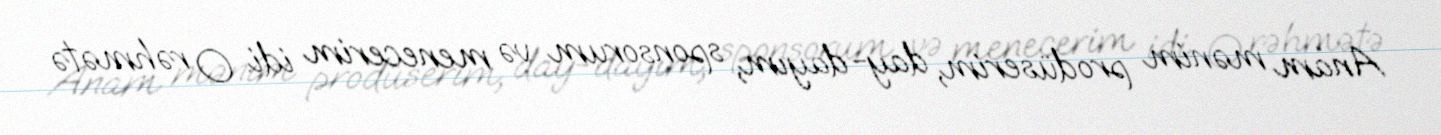
Anam mənim prodüserim, day-dayım, sponsorum və menecerim idi. O rəhmətə